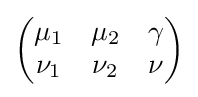
{\begin{pmatrix}\mu _{1}&\mu _{2}&\gamma \\\nu _{1}&\nu _{2}&\nu \end{pmatrix}}